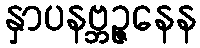
နှာပနဗ္ဘဉ္ဇနေန